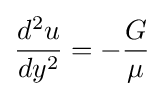
{\frac {d^{2}u}{dy^{2}}}=-{\frac {G}{\mu }}